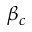
\beta _ { c }